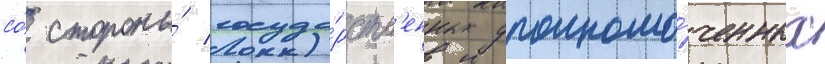
со́ стороны́ госуда́рств'енных уполномо́ченных